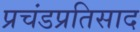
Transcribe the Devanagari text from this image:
प्रचंडप्रतिसाद